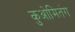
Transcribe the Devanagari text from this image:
कुओमितंग